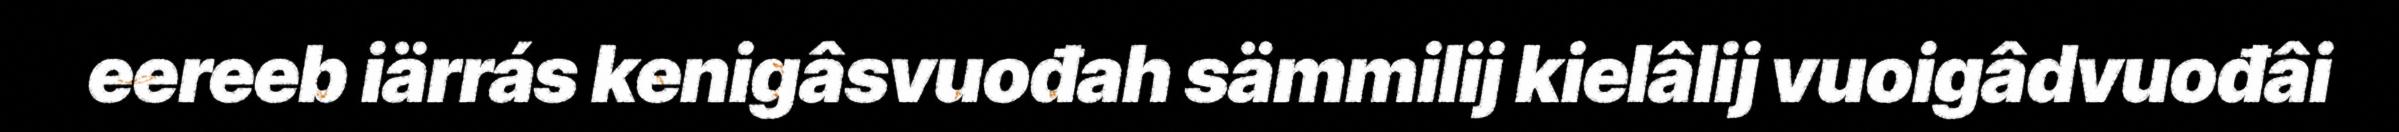
eereeb iärrás kenigâsvuođah sämmilij kielâlij vuoigâdvuođâi